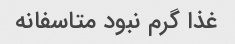
غذا گرم نبود متاسفانه